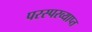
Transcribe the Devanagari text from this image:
परस्परव्याप्त